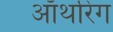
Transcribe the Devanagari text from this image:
ऑथरिंग